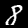
Digit: 8